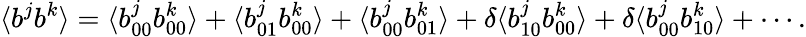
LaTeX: \langle{b^{j}b^{k}}\rangle=\langle{b_{00}^{j}b_{00}^{k}}\rangle+\langle{b_{01}^{j}b_{00}^{k}}\rangle+\langle{b_{00}^{j}b_{01}^{k}}\rangle+\delta\langle{b_{10}^{j}b_{00}^{k}}\rangle+\delta\langle{b_{00}^{j}b_{10}^{k}}\rangle+\cdots.